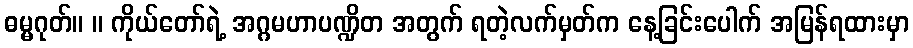
ဓမ္မဂုတ်။ ။ ကိုယ်တော်ရဲ့ အဂ္ဂမဟာပဏ္ဍိတ အတွက် ရတဲ့လက်မှတ်က နေ့ခြင်းပေါက် အမြန်ရထားမှာ